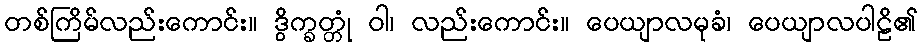
တစ်ကြိမ်လည်းကောင်း။ ဒွိက္ခတ္တုံ ဝါ၊ လည်းကောင်း။ ပေယျာလမုခံ၊ ပေယျာလပါဠိ၏